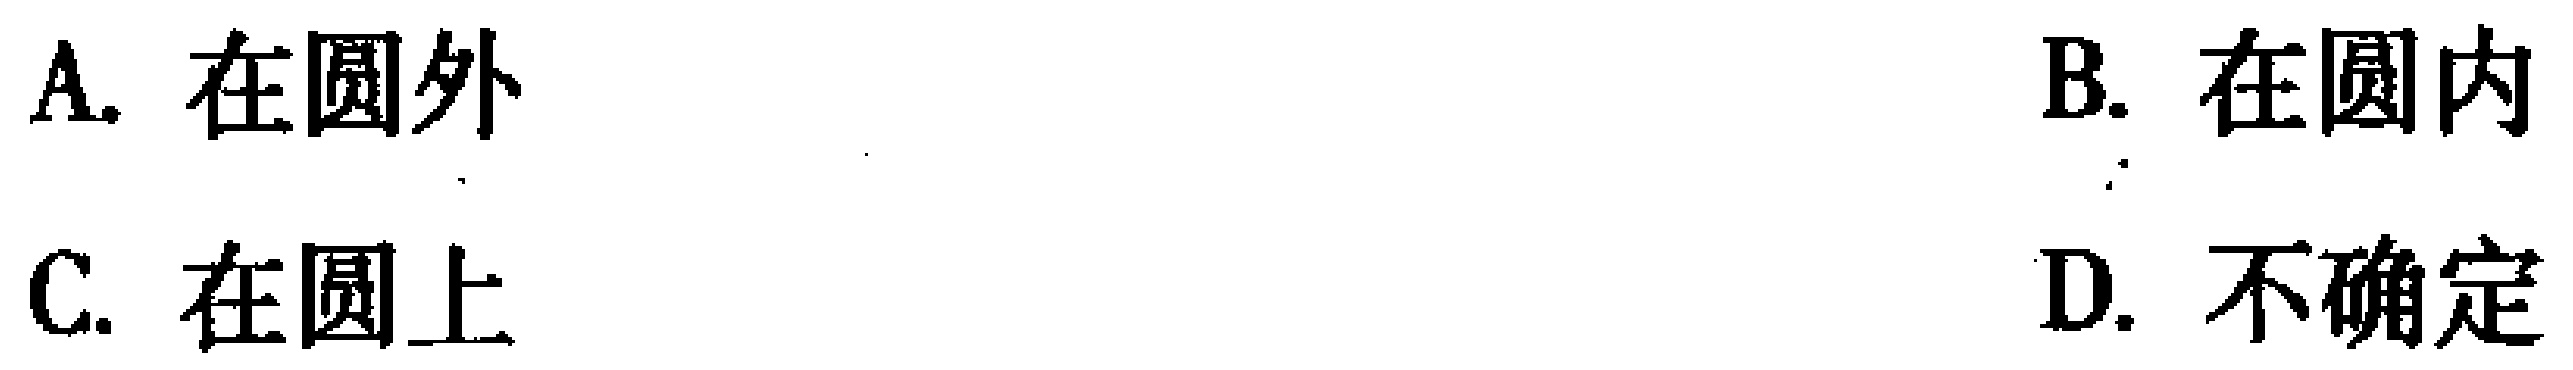
A. 在圆外
B. 在圆内
C. 在圆上
D. 不确定